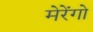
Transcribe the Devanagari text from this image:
मेरेंगो